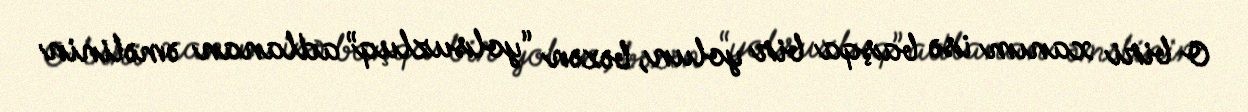
O biri xanım isə başqa bir yolun, bəzən “yolsuzluq” adlanan əməlinin